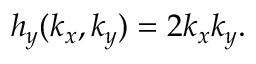
\begin{array} { r } { h _ { y } ( k _ { x } , k _ { y } ) = 2 k _ { x } k _ { y } . } \end{array}